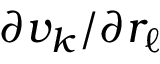
\partial v _ { k } / \partial r _ { \ell }